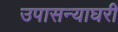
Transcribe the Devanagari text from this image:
उपासन्याघरी